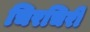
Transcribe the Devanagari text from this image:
चिरचिरी